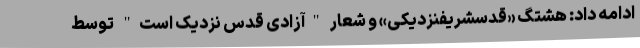
ادامه داد: هشتگ «قدسشریفنزدیکی» و شعار "آزادی قدس نزدیک است" توسط